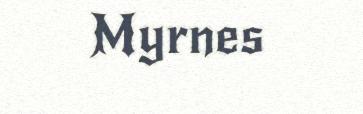
Myrnes